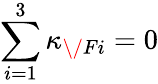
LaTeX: \sum_{i=1}^{3}\kappa_{{\/ F}i}=0